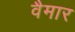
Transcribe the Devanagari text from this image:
वैमार